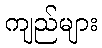
ကျည်များ